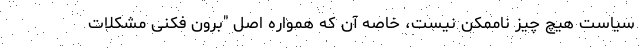
سیاست هیچ چیز ناممکن نیست، خاصه آن که همواره اصل "برون فکنی مشکلات